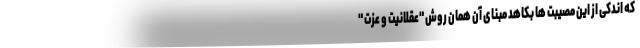
که اندکی از این مصیبت ها بکاهد مبنای آن همان روش "عقلانیت و عزت "